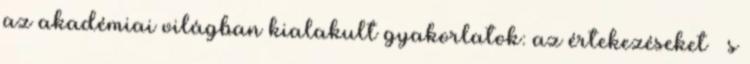
az akadémiai világban kialakult gyakorlatok: az értekezéseket – s